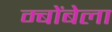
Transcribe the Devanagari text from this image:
म्बोंबेला